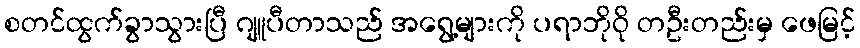
စတင်ထွက်ခွာသွားပြီ ဂျူပီတာသည် အရွေ့များကို ပရာဘိုဝို တဦးတည်းမှ ဖေမြင့်